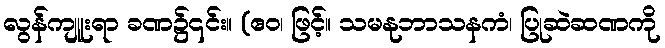
လွန်ကျူးရာ ခဏ၌၎င်း။ (ဧဝ၊ ဖြင့်။ သမနုဘာသနကံ၊ ပြုဆဲဆဏကို